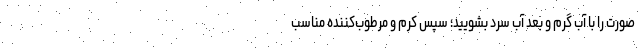
صورت را با آب گرم و بعد آب سرد بشویید؛ سپس کرم و مرطوب‌کننده مناسب